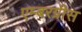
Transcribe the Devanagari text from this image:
एम्बरग्रीस